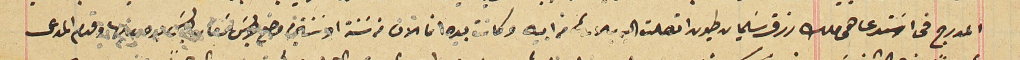
المدرج فى اسَتدعا هى ملك رزق سَليمان طيون اتصلت اليه بلارث من ابيه وكانت بيده انما الان من سنة او سنتين قدم المدعى عليه